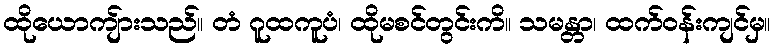
ထိုယောကျ်ားသည်။ တံ ဂူထကူပံ၊ ထိုမစင်တွင်းကိ။ သမန္တာ၊ ထက်ဝန်းကျင်မှ။